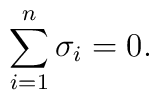
\sum_{i=1}^n\sigma_i =0.